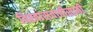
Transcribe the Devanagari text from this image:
विश्‍वासवाढीसाठी